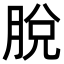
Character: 脫